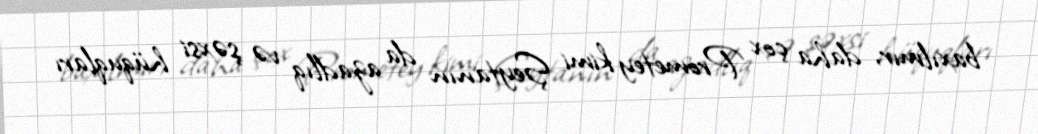
baxılmır, daha çox Prometey kimi Şeytanın da azadlıq və şəxsi hüquqları